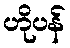
ဟိုပန်